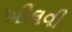
ખીલવી